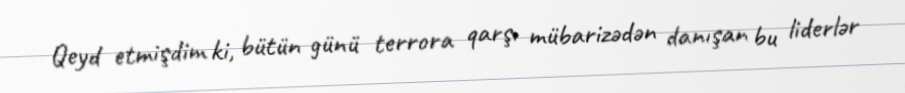
Qeyd etmişdim ki, bütün günü terrora qarşı mübarizədən danışan bu liderlər